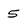
Character: 5